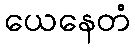
ယေနေတံ